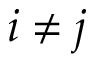
i \neq j